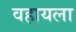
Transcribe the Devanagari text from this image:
वहायला